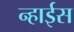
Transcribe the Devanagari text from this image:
न्हाईस